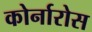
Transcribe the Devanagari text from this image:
कोर्नारोस